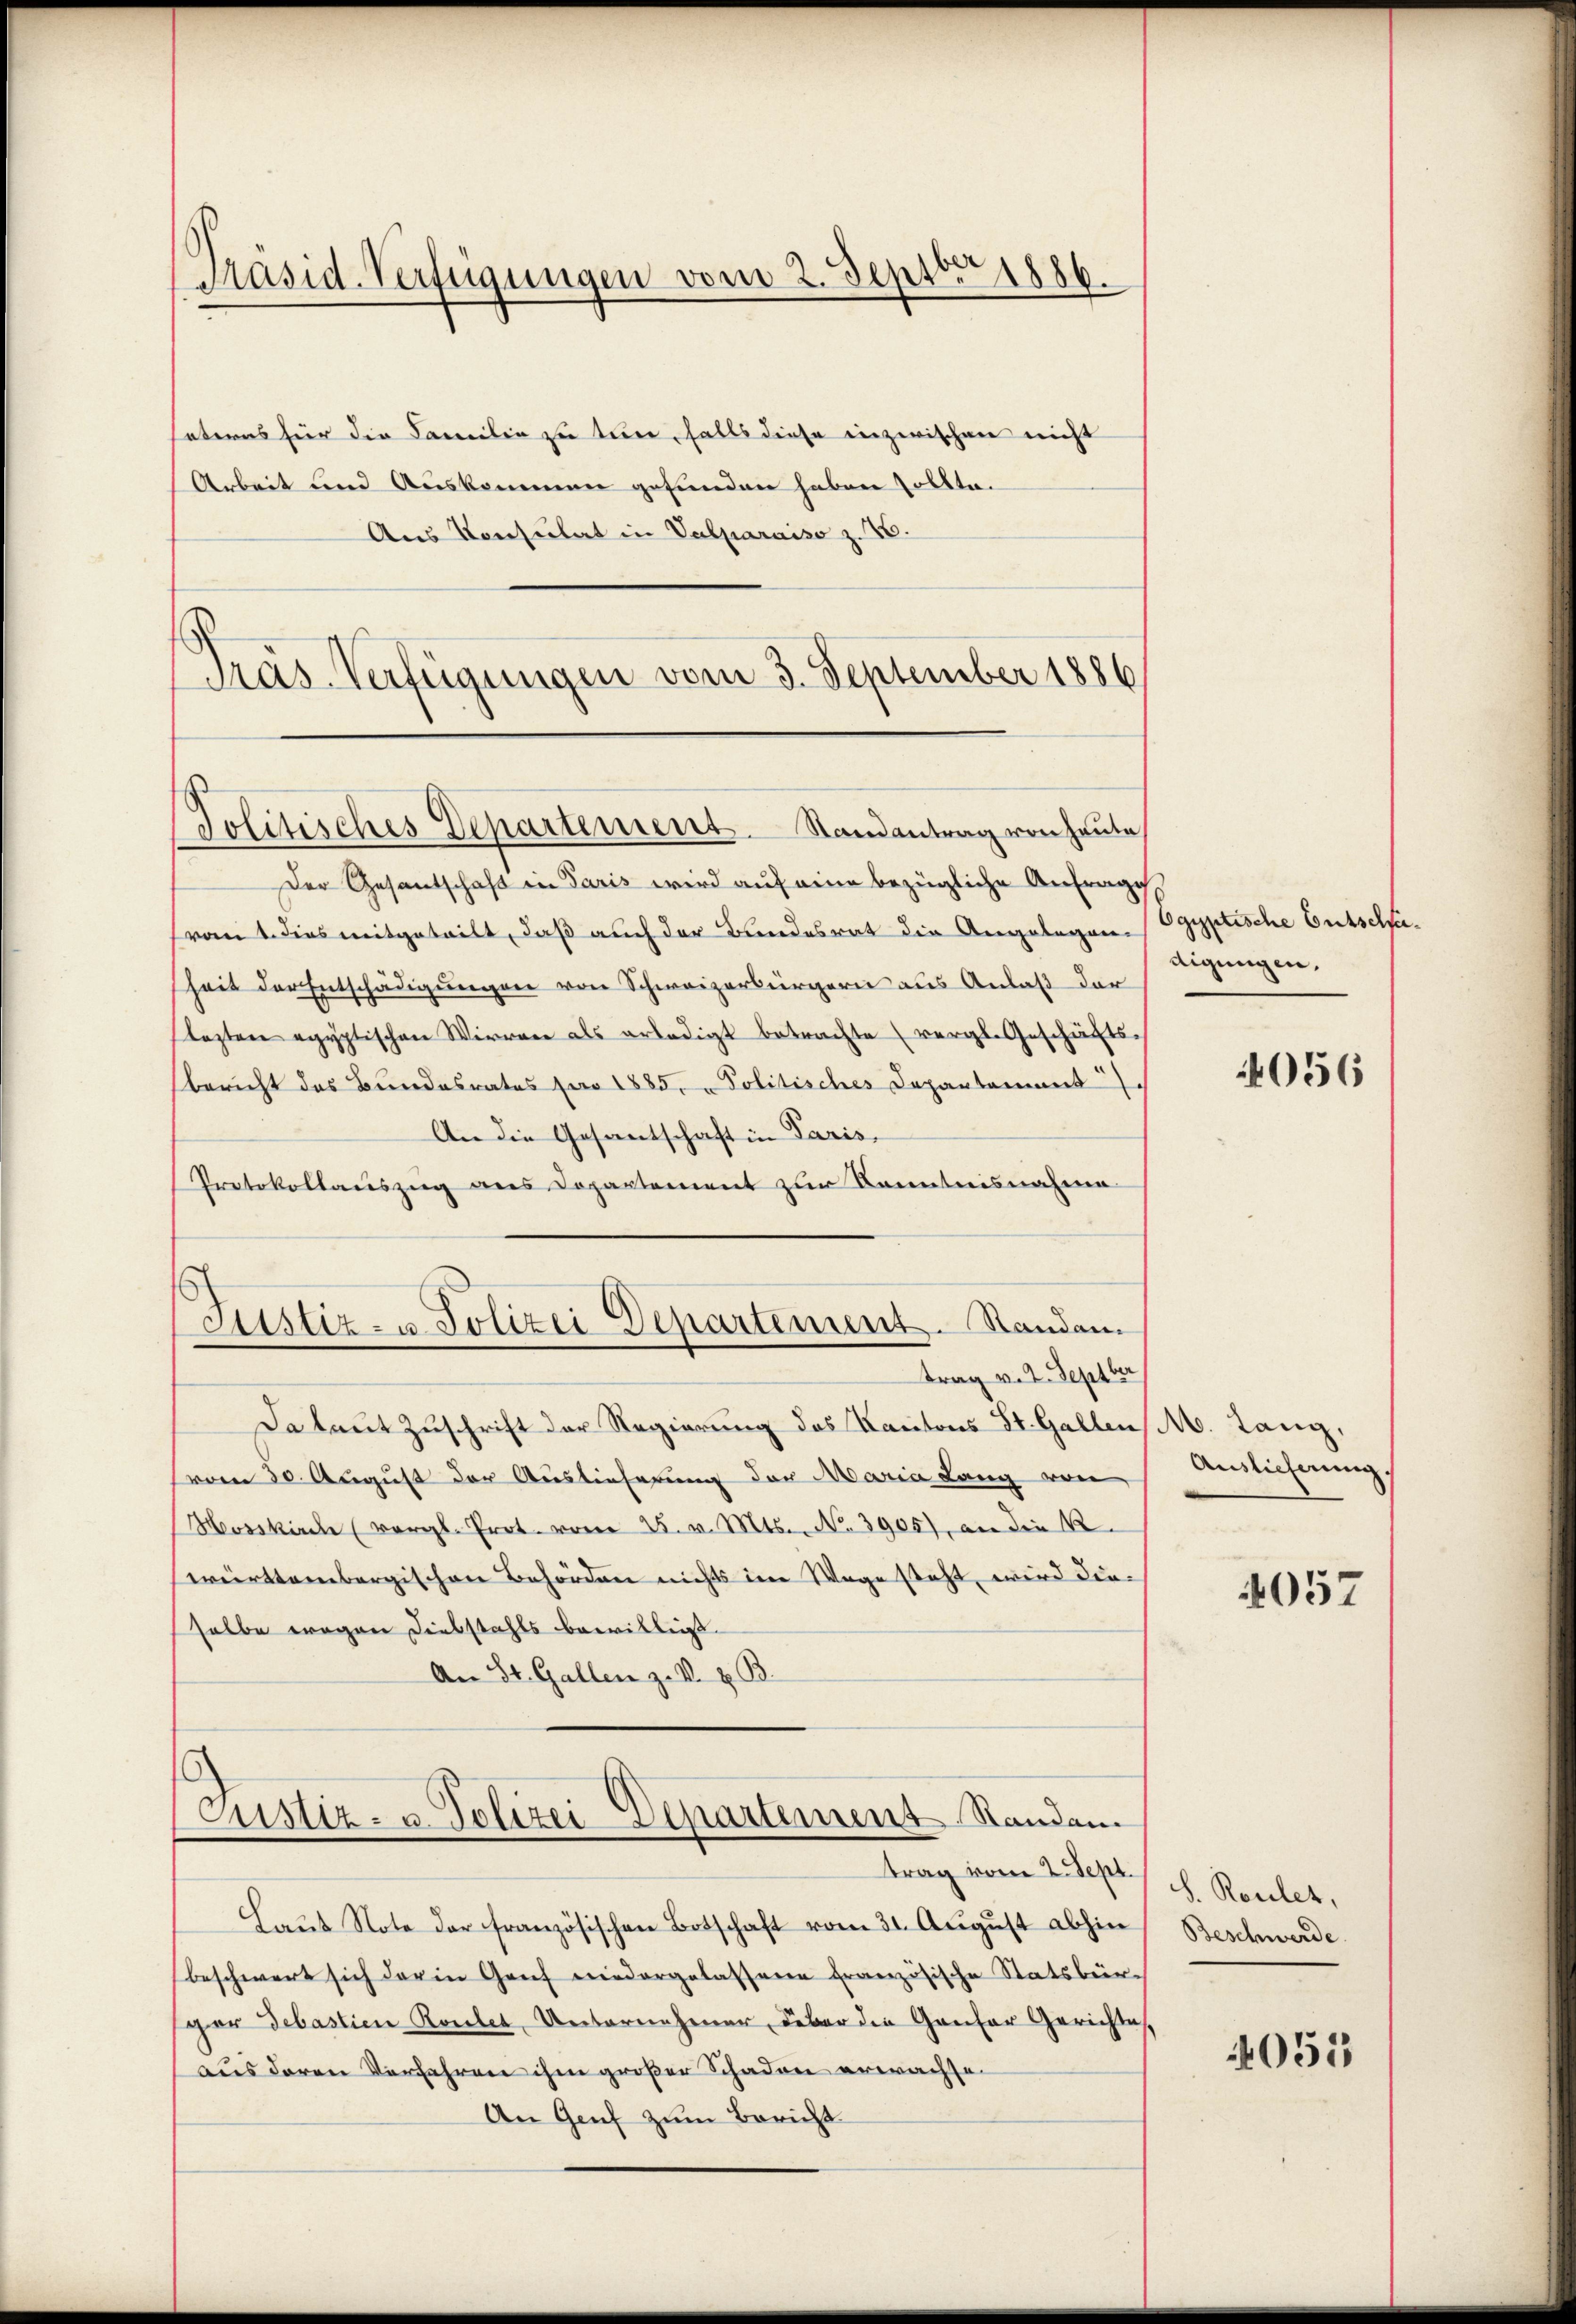
Präsid-Verfügungen vom 2. Septbr 1886.

heteres für die Familie zu tun, falls diese inzwischen nicht
Arbeit und Auskommen gefunden haben sollte.
Aus Konsulat in Valparaiso z. 76.
Präs-Verfügungen vom 3. September 1886

Politisches Departement. Randantrag von Heute

Der Gesantschaft in Paris wird auf eine bezügliche Anfrage,
Frant dies mitgeteilt, daß auch der Bundesrat die Angelegen Egyptische Entscheheit der Entschädigungen von Schweizerbürgern aus Anlaß der
lezten egyptischen Wirrare als erledigt betrachte (vergl. Geschäfts-
bericht des Bundesrates pro 1885, Politisches Departement.
An die Gesantschaft in Paris,
Protokollauszug aus Dopartement zur Kenntnisnahme
Justiz- u. Polizei Departement. Standam

trag v. 2. Septber
Da laut Zuschrift der Regierung des Kantons St. Gallen,
(vom 30. August der Auslieferung der Maria Lang von
Hosskirche (vergl. Prot. vom 25. v. Mts. No. 3905) an die R
württembergischen Behörden nichts im Wege steht, wird dieselbe wegen Diebstahls bewillis.
An St. Gallen z. B. H. B.

stiz- u. Polizei-Departement Standen.
trag vom 2. Sept.

Laut Note der französischen Botschaft vom 31. August abhin
beschwert sich darin Graf niedergelassene Französische Statsbürgor Debastien Routes, Unternehmer, aber die Genfer Gerichtes,
aus deren Verfahren ihm großer Schaden erwachse
An Genf zum Bericht

digungen.

4056

M. Lang,
Anslicherung

4057

S. Roulet,
Beschwerde.

4051